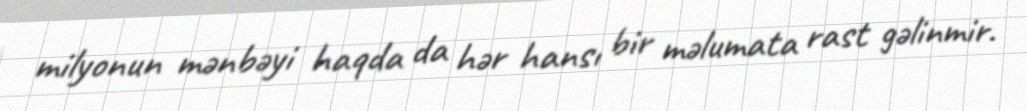
milyonun mənbəyi haqda da hər hansı bir məlumata rast gəlinmir.